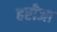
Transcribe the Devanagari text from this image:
हरीजा